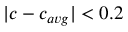
| c - c _ { a v g } | < 0 . 2